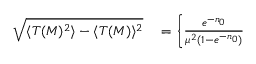
\begin{array} { r l } { \sqrt { \langle T ( M ) ^ { 2 } \rangle - \langle T ( M ) \rangle ^ { 2 } } } & { { } = \left\{ \frac { e ^ { - n _ { 0 } } } { \mu ^ { 2 } ( 1 - e ^ { - n _ { 0 } } ) } \phantom { \left[ \sum _ { i } ^ { j } \right] ^ { 2 } } \right. } \end{array}